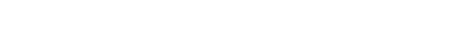
မက်ကော့တို့ဟာလည်း ဝယ်ယူဖို့ စိတ်ဝင်စားတယ်လို့ အရင်တုန်းက ပြောနေသူတွေထဲ ပါကြပါတယ်။